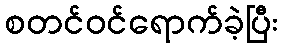
စတင်ဝင်ရောက်ခဲ့ပြီး